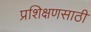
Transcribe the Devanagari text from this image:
प्रशिक्षणसाठी